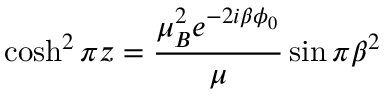
\cosh ^ { 2 } \pi z = \frac { \mu _ { B } ^ { 2 } e ^ { - 2 i \beta \phi _ { 0 } } } { \mu } \sin \pi \beta ^ { 2 }